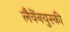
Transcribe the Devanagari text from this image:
लैवेंनयुस्की